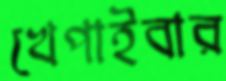
খেপাইবার